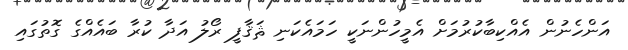
އަންހެނުން އެއްކިބާކުރުމަށް އެމީހުންނަކީ ހަމައެކަނި ޘަޤާފީ ރޯލު އަދާ ކުރާ ބައެއްގެ ގޮތުގައި